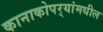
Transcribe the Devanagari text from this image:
कानाकोपर्‍यांमधील